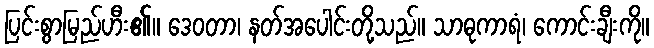
ပြင်းစွာမြည်ဟီး၏။ ဒေဝတာ၊ နတ်အပေါင်းတို့သည်။ သာဓုကာရံ၊ ကောင်းချီးကို။